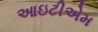
આઇટીએમ